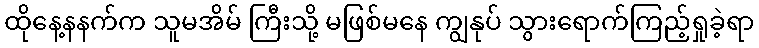
ထိုနေ့နနက်က သူမအိမ် ကြီးသို့ မဖြစ်မနေ ကျွနုပ် သွားရောက်ကြည့်ရှုခဲ့ရာ